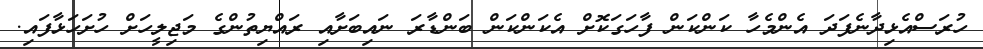
ހުރަސްއެޅިދާނެފަދަ އެންމެހާ ކަންކަން ފާހަގަކޮށް އެކަންކަން ބަންޑާރަ ނައިބަށާއި ރައްޔިތުންގެ މަޖިލީހަށް ހުށަހަޅާފައި.